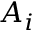
A _ { i }